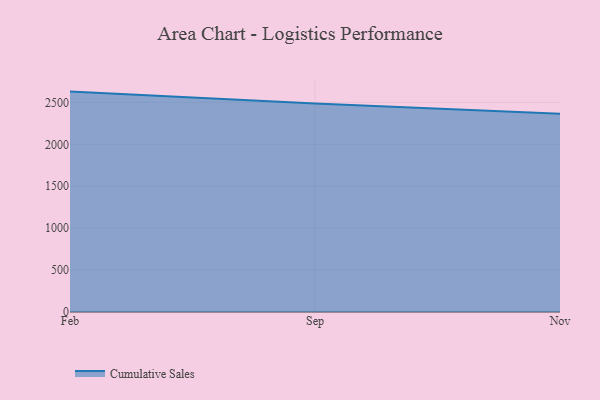
{"axis": {"x": "Month", "y": "Inventory Turnover"}, "legend": ["Cumulative Sales"], "data": [{"x": "Feb", "y": 2628.6, "type": "Cumulative Sales"}, {"x": "Sep", "y": 2487.2, "type": "Cumulative Sales"}, {"x": "Nov", "y": 2364.7, "type": "Cumulative Sales"}]}